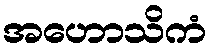
အဟောသိကံ